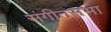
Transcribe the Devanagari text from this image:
संगीतसभा